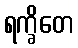
ရက္ခိတေ